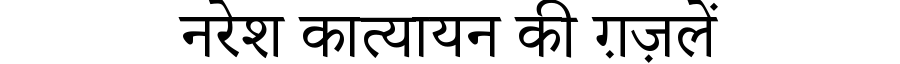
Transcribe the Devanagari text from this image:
नरेश कात्यायन की ग़ज़लें